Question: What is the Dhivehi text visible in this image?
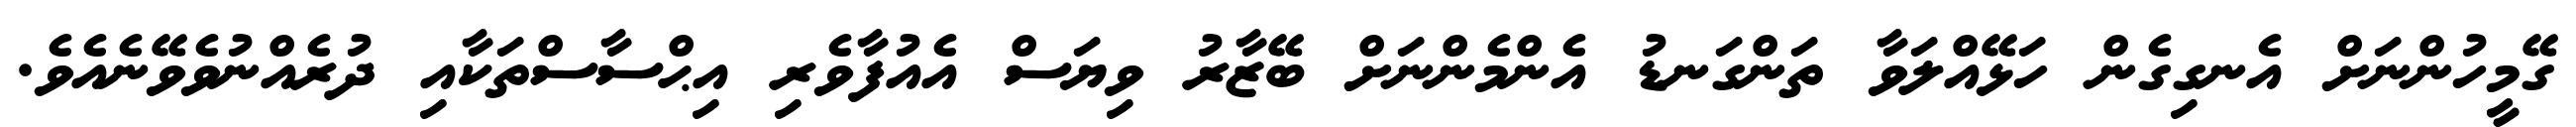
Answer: ގޭމީހުންނަށް އެނގިގެން ހަޅޭއްލަވާ ތަންގަނޑު އެންމެންނަށް ބޭޒާރު ވިޔަސް އެއުފާވެރި އިޙްސާސްތަކާއި ދުރެއްނުވެވޭނެއެވެ.